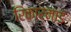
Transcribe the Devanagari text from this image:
रिकार्नाड